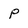
Character: P